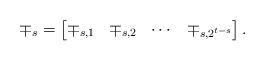
LaTeX: \begin{align*}\mp_s =\begin{bmatrix}\mp_{s,1} & \mp_{s,2} & \cdots & \mp_{s,2^{t-s}}\end{bmatrix}.\end{align*}